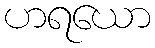
ဟရယော